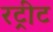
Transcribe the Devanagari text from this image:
रट्रीट